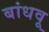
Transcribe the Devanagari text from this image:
बांधवू